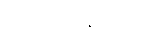
ဇေတဝနသုတ်